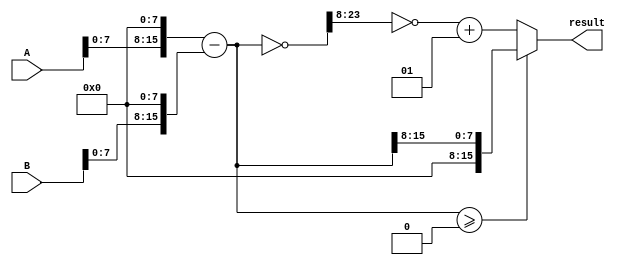
module fixed_point_subtractor (
    input wire signed [N-1:0] A,
    input wire signed [N-1:0] B,
    output reg signed [N-1:0] result
);

parameter N = 16; // Total number of bits for fixed-point numbers
parameter integer_bits = 8; // Number of integer bits
parameter fractional_bits = 8; // Number of fractional bits

reg signed [N-1:0] aligned_A;
reg signed [N-1:0] aligned_B;
reg signed [N-1:0] subtracted_value;

always @* begin
    aligned_A = A << fractional_bits;
    aligned_B = B << fractional_bits;
    subtracted_value = aligned_A - aligned_B;
end

always @* begin
    if(subtracted_value >= 0) begin
        result = subtracted_value >> fractional_bits;
    end else begin
        result = ~((~subtracted_value) >> fractional_bits) + 1;
    end
end

endmodule